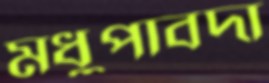
মধুপাবদা